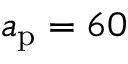
a _ { \mathrm { p } } = 6 0